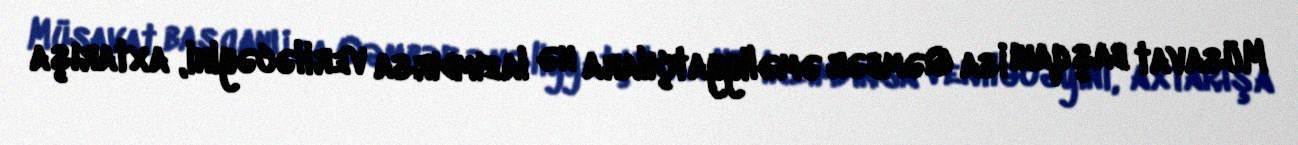
Müsavat başqanı İsa Qəmbər əməliyyatçılara nə lazımdırsa veriləcəyini, axtarışa